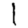
Digit: 1